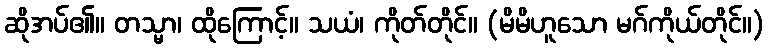
ဆိုအပ်၏။ တသ္မာ၊ ထိုကြောင့်။ သယံ၊ ကိုတ်တိုင်။ (မိမိဟူသော မဂ်ကိုယ်တိုင်။)